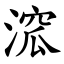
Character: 溛